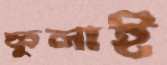
ফুলাই